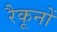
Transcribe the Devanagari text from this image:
रैकूनों